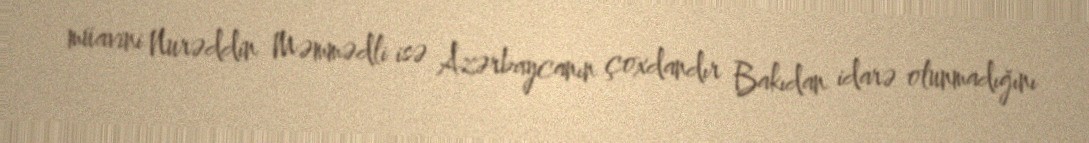
müavini Nurəddin Məmmədli isə Azərbaycanın çoxdandır Bakıdan idarə olunmadığını